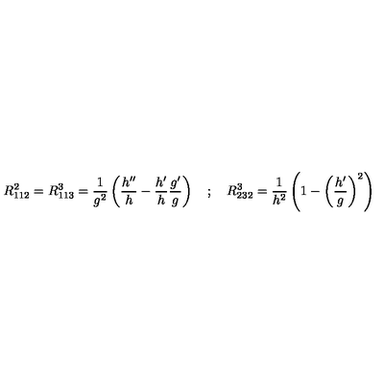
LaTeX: R _ { 1 1 2 } ^ { 2 } = R _ { 1 1 3 } ^ { 3 } = \frac { 1 } { g ^ { 2 } } \left( \frac { h ^ { \prime \prime } } { h } - \frac { h ^ { \prime } } { h } \frac { g ^ { \prime } } { g } \right) \quad ; \quad R _ { 2 3 2 } ^ { 3 } = \frac { 1 } { h ^ { 2 } } \left( 1 - \left( \frac { h ^ { \prime } } { g } \right) ^ { 2 } \right)